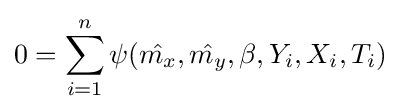
0=\sum _{i=1}^{n}\psi ({\hat {m_{x}}},{\hat {m_{y}}},\beta ,Y_{i},X_{i},T_{i})